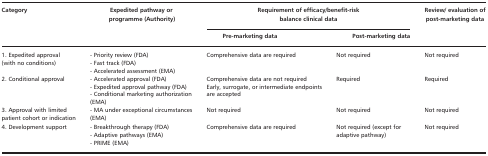
<table><thead><tr><td rowspan="2"><b>Category</b></td><td rowspan="2"><b>Expedited pathway or programme (Authority)</b></td><td colspan="2"><b>Requirement of efficacy/benefit‐risk balance clinical data</b></td><td rowspan="2"><b>Review/ evaluation of post‐marketing data</b></td></tr><tr><td><b>Pre‐marketing data</b></td><td><b>Post‐marketing data</b></td></tr></thead><tbody><tr><td>1. Expedited approval (with no conditions)</td><td>‐ Priority review (FDA)‐ Fast track (FDA)‐ Accelerated assessment (EMA)</td><td>Comprehensive data are required</td><td>Not required</td><td>Not required</td></tr><tr><td>2. Conditional approval</td><td>‐ Accelerated approval (FDA)‐ Expedited approval pathway (FDA)‐ Conditional marketing authorization (EMA)</td><td>Comprehensive data are not requiredEarly, surrogate, or intermediate endpoints are accepted</td><td>Required</td><td>Required</td></tr><tr><td>3. Approval with limited patient cohort or indication</td><td>‐ MA under exceptional circumstances (EMA)</td><td>Not required</td><td>Not required</td><td>Not required</td></tr><tr><td>4. Development support</td><td>‐ Breakthrough therapy (FDA)‐ Adaptive pathways (EMA)‐ PRIME (EMA)</td><td>Comprehensive data are required</td><td>Not required (except for adaptive pathway)</td><td>Not required</td></tr></tbody></table>